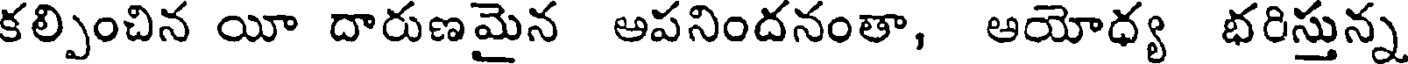
కల్పించిన యీ దారుణమైన అపనిందనంతా, అయోధ్య భరిస్తున్న